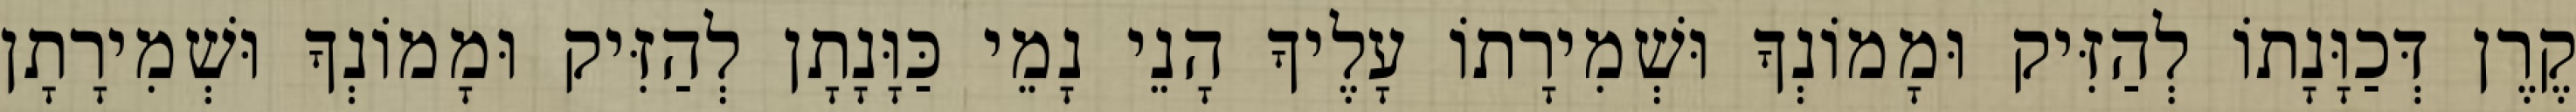
קֶרֶן דְּכַוָּנָתוֹ לְהַזִּיק וּמָמוֹנְךָ וּשְׁמִירָתוֹ עָלֶיךָ הָנֵי נָמֵי כַּוָּנָתָן לְהַזִּיק וּמָמוֹנְךָ וּשְׁמִירָתָן